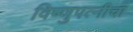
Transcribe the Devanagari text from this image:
विष्णुपत्नीचा